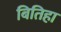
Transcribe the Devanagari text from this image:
बितिहा